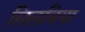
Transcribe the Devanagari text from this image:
सिलविया